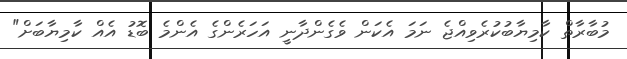
މުބާރާތް ކާމިޔާބުކުރެވިއްޖެ ނަމަ އެކަން ވެގެންދާނީ އަހަރެންގެ އެންމެ ބޮޑު އެއް ކާމިޔާބަށް"